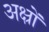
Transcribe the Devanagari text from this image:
अक्ष्रों